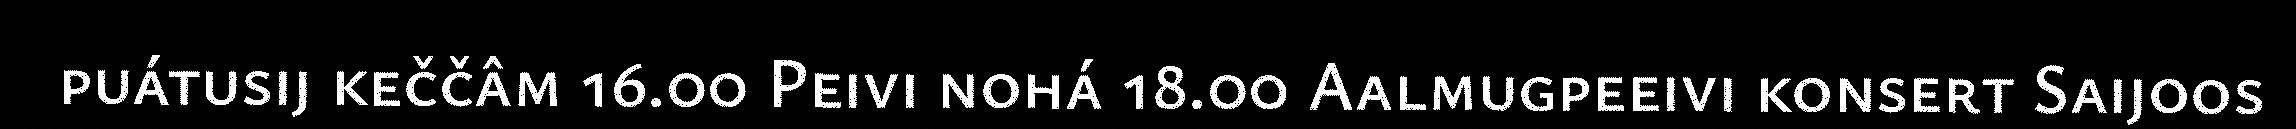
puátusij keččâm 16.00 Peivi nohá 18.00 Aalmugpeeivi konsert Saijoos